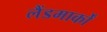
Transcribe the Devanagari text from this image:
लैंडमार्कों